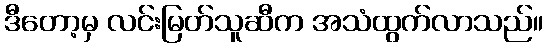
ဒီတော့မှ လင်းမြတ်သူဆီက အသံထွက်လာသည်။